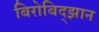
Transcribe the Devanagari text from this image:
बिरोबिद्झान